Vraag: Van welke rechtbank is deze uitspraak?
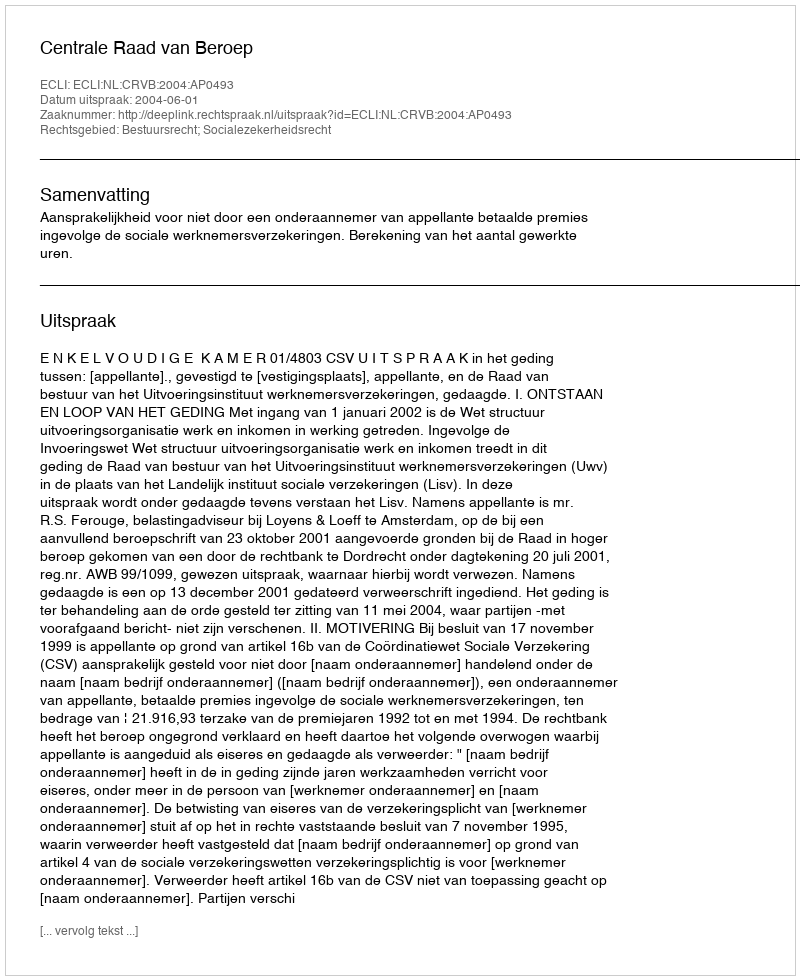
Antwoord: Centrale Raad van Beroep